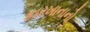
કારખાનાનો